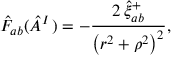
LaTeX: \hat { F } _ { a b } ( \hat { A } _ { } ^ { I \, } ) = - \frac { 2 \, \hat { \xi } _ { a b } ^ { + } } { \left( r ^ { 2 } + \rho ^ { 2 } \right) ^ { 2 } } ,